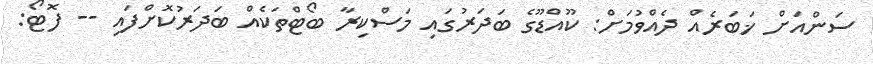
ސަންއަށް ޚަބަރެއް ދެއްވުމަށް: ކޫއްޑޫގެ ބަދަރުގައި މަސްކިރާ ބޯޓްތަކެއް ބަދަރުކޮށްފައި -- ފޮޓޯ: